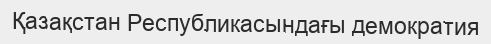
Қазақстан Республикасындағы демократия